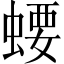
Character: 𧍔